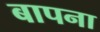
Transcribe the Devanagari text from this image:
बापना